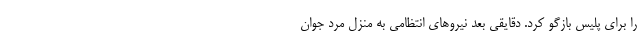
را برای پلیس بازگو کرد. دقایقی بعد نیرو‌های انتظامی به منزل مرد جوان